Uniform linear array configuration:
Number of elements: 32
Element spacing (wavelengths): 1
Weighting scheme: kaiser
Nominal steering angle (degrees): -60
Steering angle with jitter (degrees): -60.327
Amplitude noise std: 0.05
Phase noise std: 0.05

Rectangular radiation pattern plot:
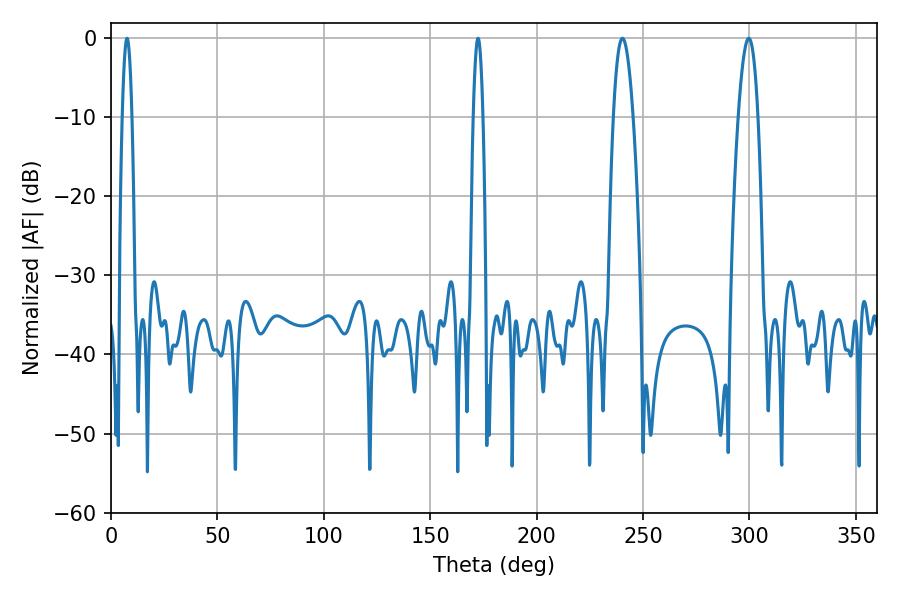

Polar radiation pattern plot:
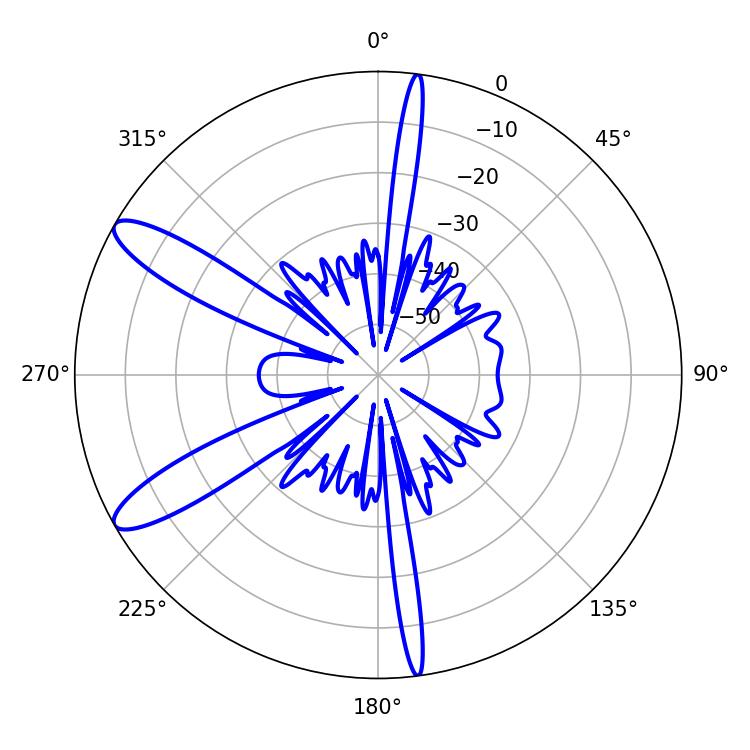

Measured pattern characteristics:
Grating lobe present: TRUE
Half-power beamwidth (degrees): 5.04
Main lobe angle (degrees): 240.3